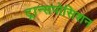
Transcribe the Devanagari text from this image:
ट्रान्सपोसिशन